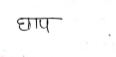
मजकूर: छाप